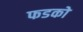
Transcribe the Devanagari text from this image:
फडको